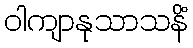
ဝါကျာနုသာသနိံ